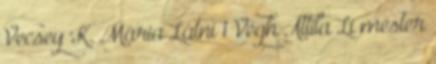
Vecsey K. Mária Látni 1 Végh Attila Li mester